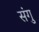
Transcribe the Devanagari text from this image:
संगु